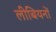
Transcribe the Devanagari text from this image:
लीबियनों